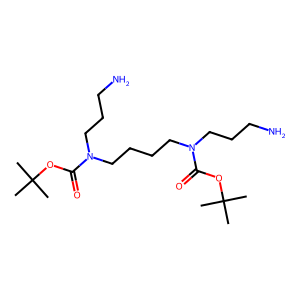
SMILES: CC(C)(C)OC(=O)N(CCCN)CCCCN(CCCN)C(=O)OC(C)(C)C
Inhibits HIV replication: No